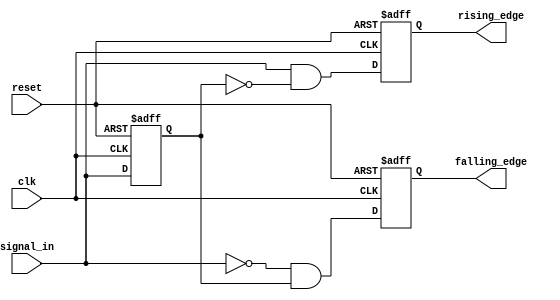
module dual_edge_detector (
    input wire clk,             // Clock input
    input wire reset,           // Active-high reset
    input wire signal_in,       // Input signal to detect edges
    output reg rising_edge,     // Output pulse for rising edge
    output reg falling_edge      // Output pulse for falling edge
);

    reg signal_in_prev;          // Memory block to hold the previous state of the input signal

    // Edge detection logic
    always @(posedge clk or posedge reset) begin
        if (reset) begin
            // Reset outputs and previous state
            rising_edge <= 1'b0;
            falling_edge <= 1'b0;
            signal_in_prev <= 1'b0;
        end else begin
            // Edge detection logic
            rising_edge <= (signal_in && ~signal_in_prev);   // Rising edge detected
            falling_edge <= (~signal_in && signal_in_prev);  // Falling edge detected
            
            // Update the previous state of the input signal
            signal_in_prev <= signal_in;
        end
    end
endmodule